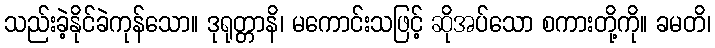
သည်းခဲ့နိုင်ခဲကုန်သော။ ဒုရုတ္တာနိ၊ မကောင်းသဖြင့် ဆိုအပ်သော စကားတို့ကို။ ခမတိ၊